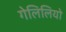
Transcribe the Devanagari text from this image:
गेलिलियो